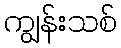
ကျွန်းသစ်